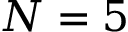
N = 5